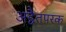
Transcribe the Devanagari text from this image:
अद्वैतपरक